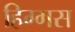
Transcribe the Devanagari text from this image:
हिग्गस